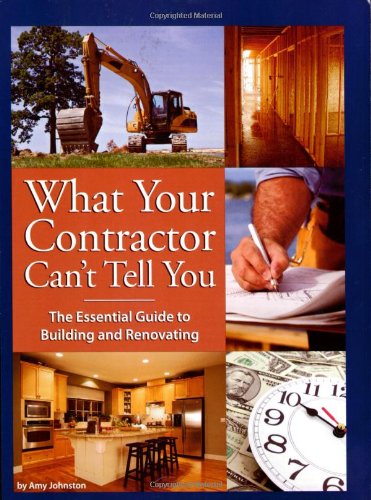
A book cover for What Your Contractor Can't Tell You: The Essential Guide to Building and Renovating; Amy Johnston; Crafts, Hobbies & Home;